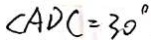
\angle A D C = 3 0 ^ { \circ }